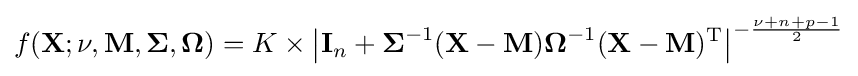
f(\mathbf {X} ;\nu ,\mathbf {M} ,{\boldsymbol {\Sigma }},{\boldsymbol {\Omega }})=K\times \left|\mathbf {I} _{n}+{\boldsymbol {\Sigma }}^{-1}(\mathbf {X} -\mathbf {M} ){\boldsymbol {\Omega }}^{-1}(\mathbf {X} -\mathbf {M} )^{\rm {T}}\right|^{-{\frac {\nu +n+p-1}{2}}}